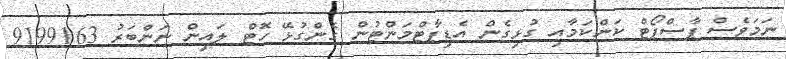
ނަމަވެސް ޕާސްޕޯޓް ކަންކަމާއި ގުޅިގެން އެޑިޕާޓްމަންޓުން ގެންގުޅޭ ހޮޓް ލައިން ނަންބަރު 9199163